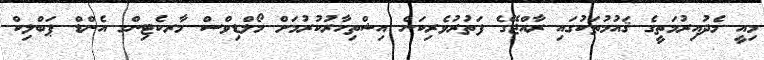
މިއީ މެދުއިރުމަތީގެ ޤައުމުތަކުގައި ރާއްޖޭގެ ފަތުރުވެރިކަން އިޝްތިހާރުކުރުމަށް މޯލްޑިވްސް މާރކެޓިންގ އެންޑް ޕަބްލިކް